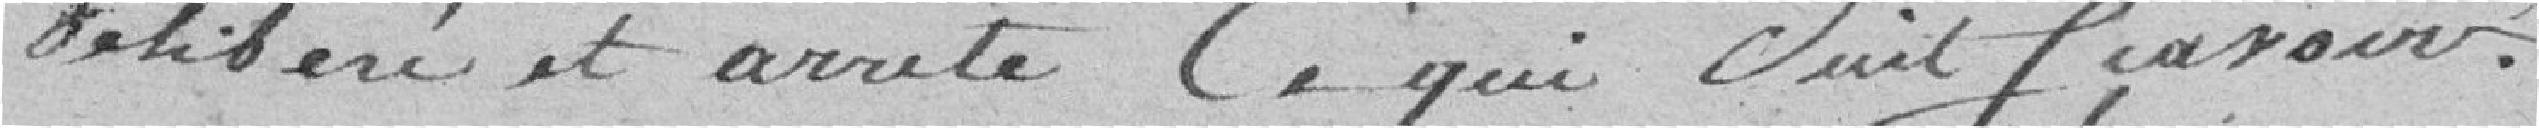
délibéré et arrêté ce qui suit: savoir